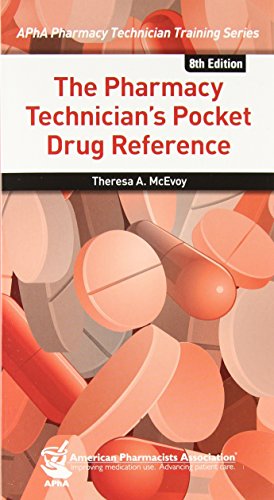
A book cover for The Pharmacy Technician's Pocket Drug Reference (Apha Pharmacy Technician Training); Theresa A. McEvoy; Medical Books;